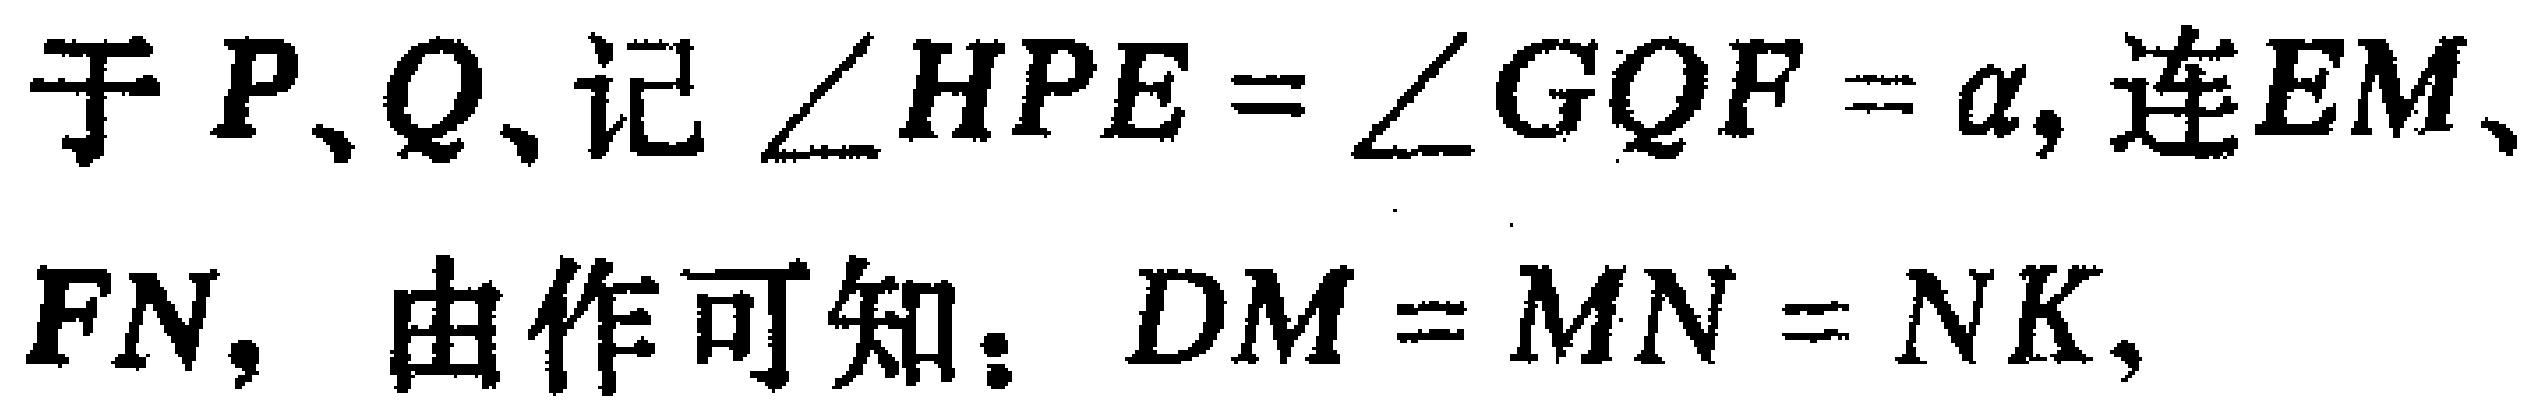
于$P、Q,记\angle HPE = \angle GQF=\alpha,连EM、FN, 由作可知：DM = MN = NK,$